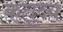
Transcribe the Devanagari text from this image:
कतृव्य